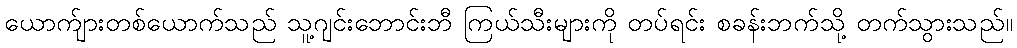
ယောက်ျားတစ်ယောက်သည် သူ့ဂျင်းဘောင်းဘီ ကြယ်သီးများကို တပ်ရင်း စခန်းဘက်သို့ တက်သွားသည်။